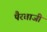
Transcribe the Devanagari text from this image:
पैरबाजी